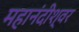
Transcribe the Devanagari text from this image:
महानंदीश्‍वर